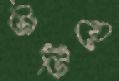
টাটিয়ে